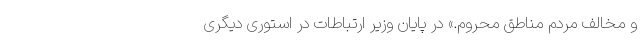
و مخالف مردم مناطق محروم.» در پایان وزیر ارتباطات در استوری دیگری